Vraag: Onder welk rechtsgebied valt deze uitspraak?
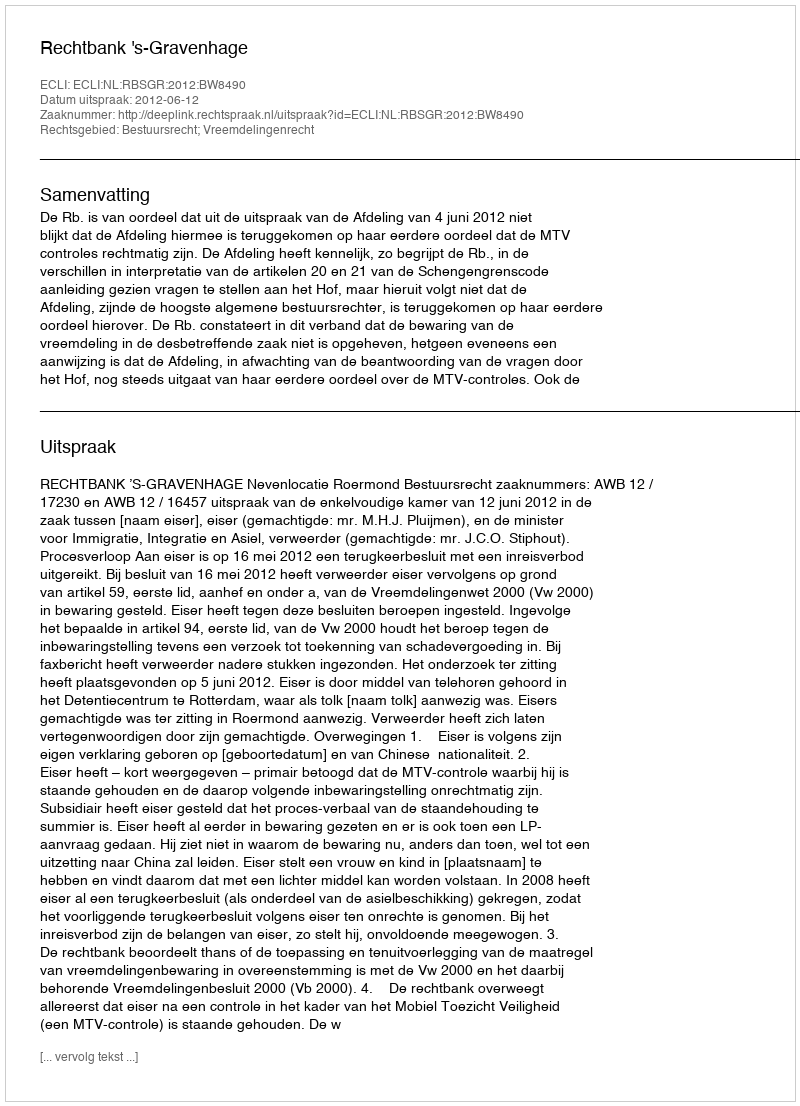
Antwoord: Bestuursrecht; Vreemdelingenrecht